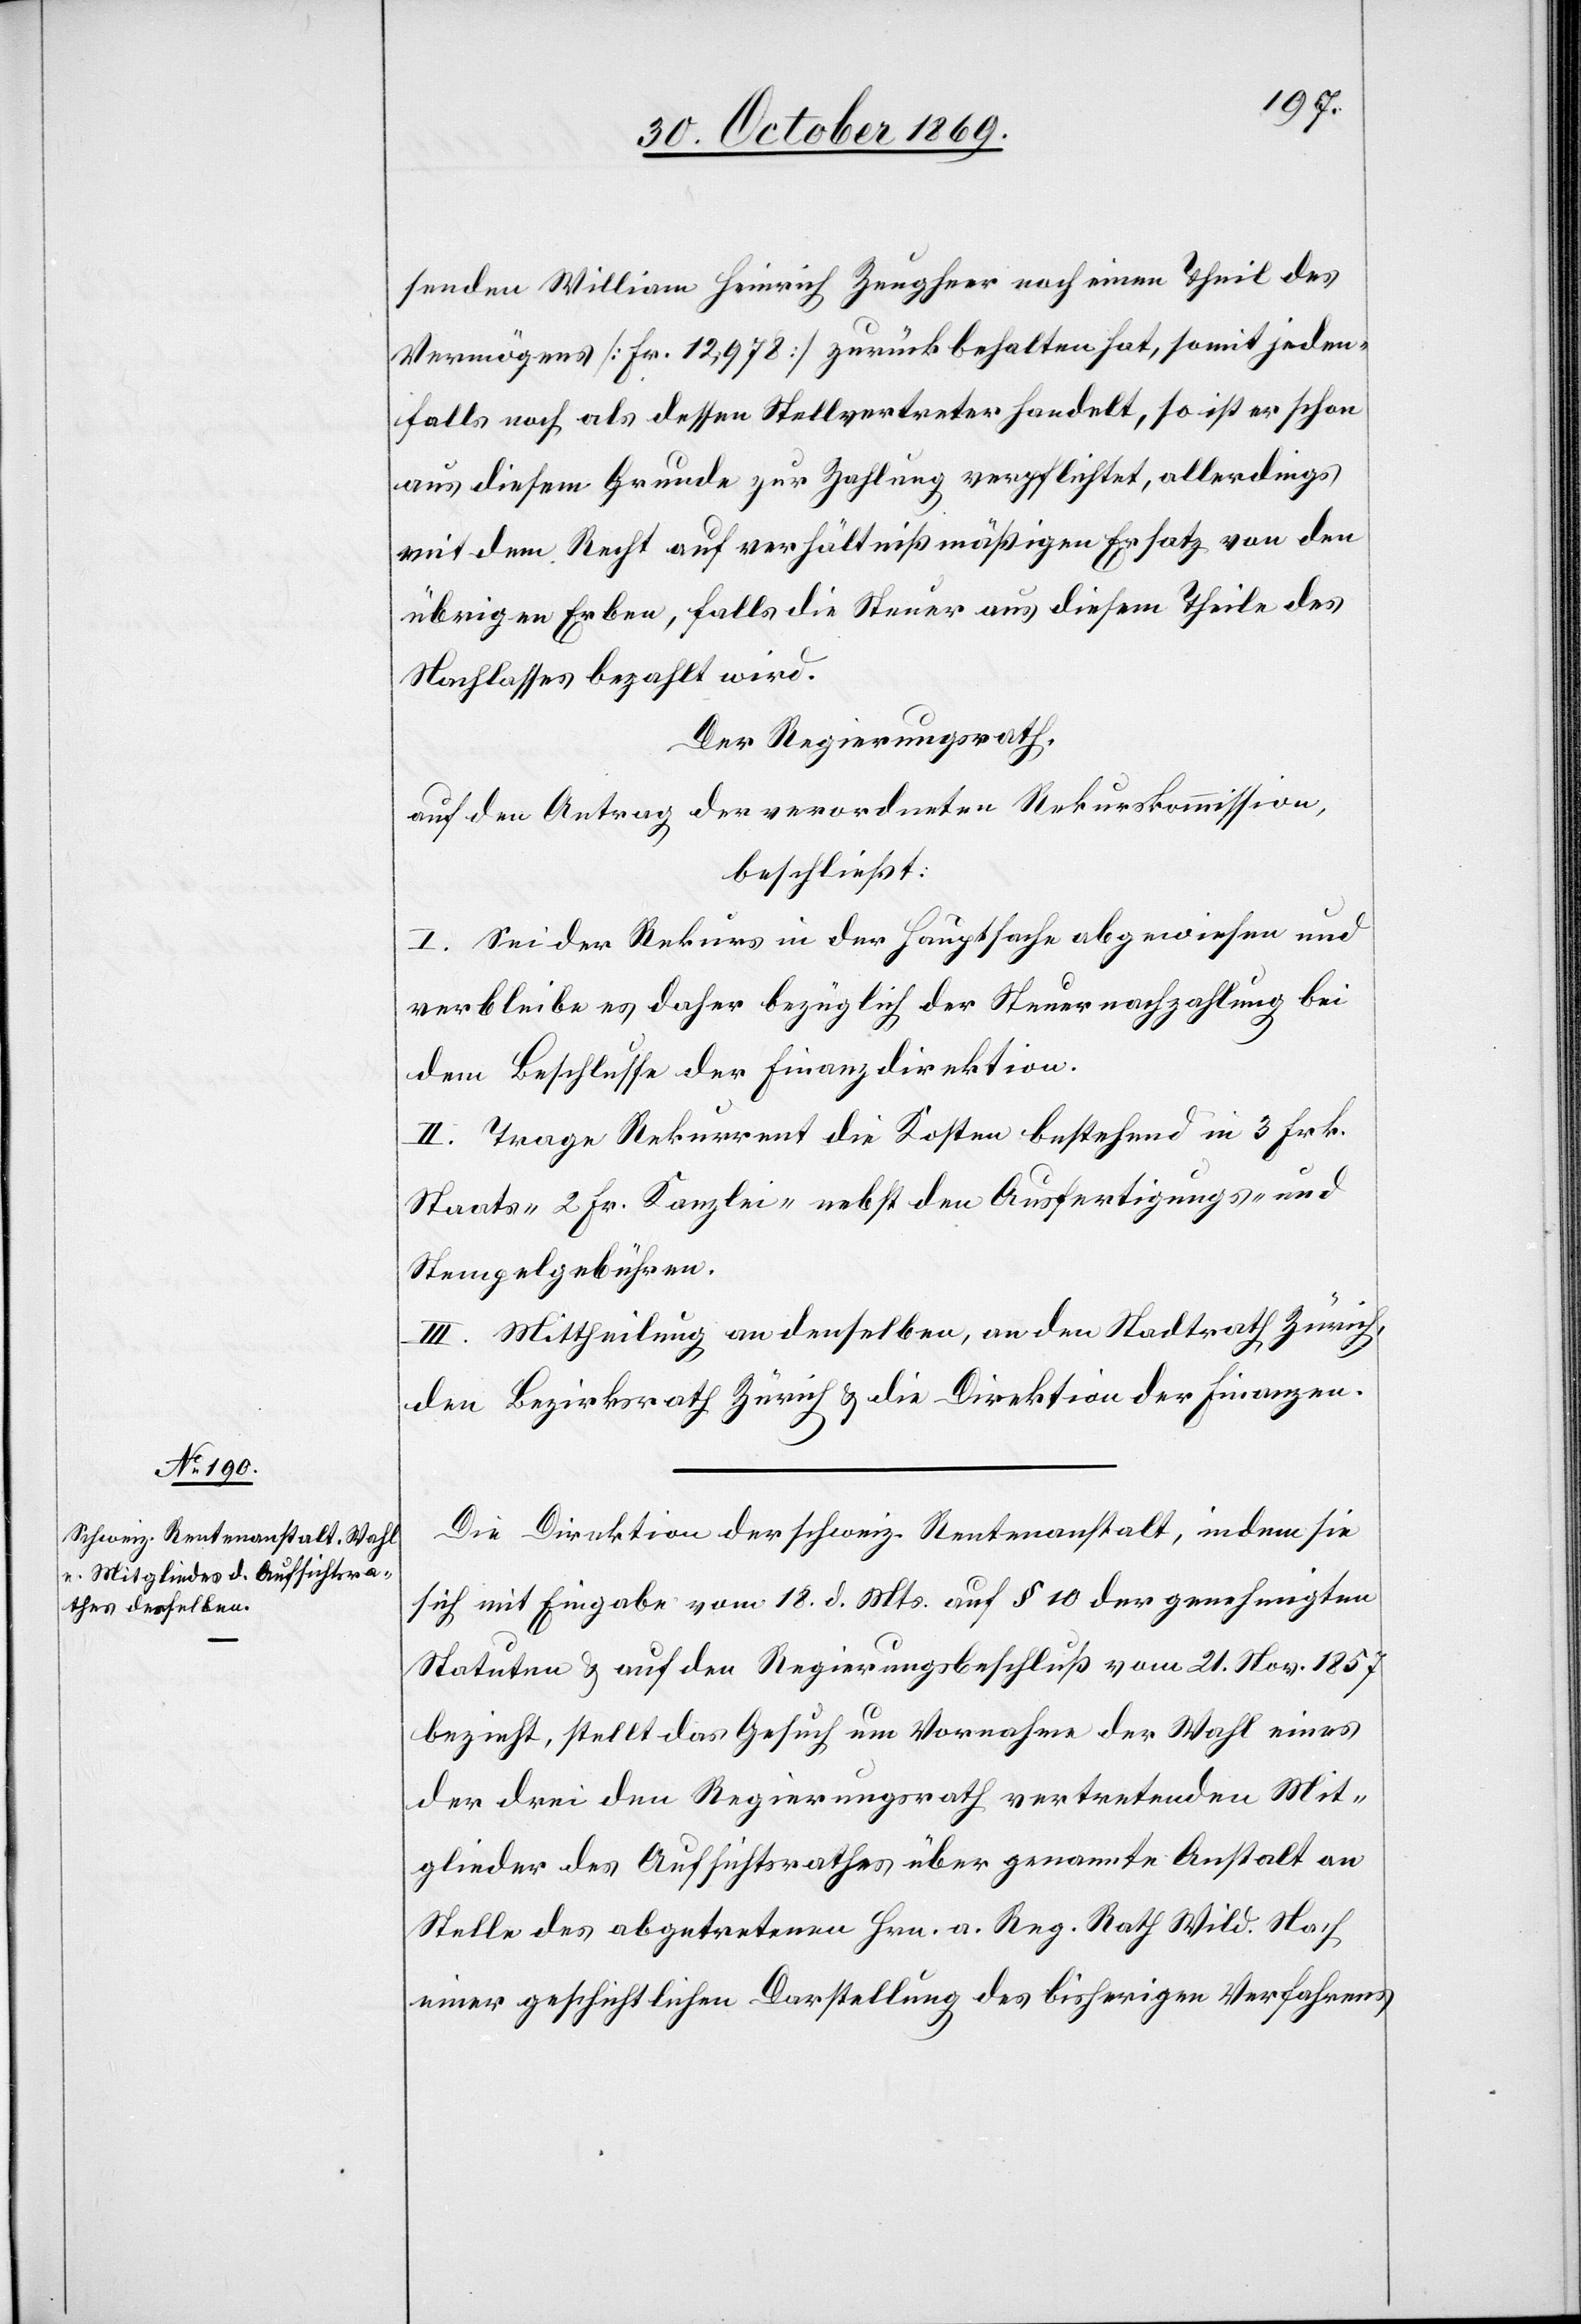
senden William Heinrich Zeugheer noch einen Theil des
Vermögens [Fr. 12,978] zurück behalten hat, somit jeden¬
falls noch als dessen Stellvertreter handelt, so ist er schon
aus diesem Grunde zur Zahlung verpflichtet, allerdings
mit dem Recht auf verhältnißmäßigen Ersatz von den
übrigen Erben, falls die Steuer aus diesem Theile des
Nachlasses bezahlt wird.
Der Regierungsrath,
auf den Antrag der verordneten Rekurskommission,
beschließt:
I. Sei der Rekurs in der Hauptsache abgewiesen und
verbleibe es daher bezüglich der Steuernachzahlung bei
dem Beschlusse der Finanzdirektion.
II. Trage Rekurrent die Kosten bestehend in 3 Frk.
Staats-[,] 2 Fr. Kanzlei-[,] nebst den Ausfertigungs- und
Stempelgebühren.
III. Mittheilung an denselben, an den Stadtrath Zürich,
den Bezirksrath Zürich & die Direktion der Finanzen.
Die Direktion der schweiz. Rentenanstalt, indem sie
sich mit Eingabe vom 18. d. Mts. auf § 10 der genehmigten
Statuten & auf den Regierungsbeschlus vom 21. Nov. 1857
bezieht, stellt das Gesuch um Vornahme der Wahl eines
der drei den Regierungsrath vertretenden Mit¬
glieder des Aufsichtsrathes über genannte Anstalt an
Stelle des abgetretenen Hrn. a. Reg. Rath Wild. Nach
einer geschichtlichen Darstellung des bisherigen Verfahrens